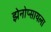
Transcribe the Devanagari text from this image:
झेनोप्सायला